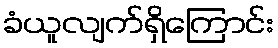
ခံယူလျက်ရှိကြောင်း